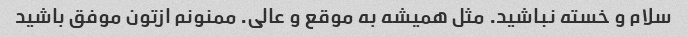
سلام و خسته نباشید. مثل همیشه به موقع و عالی. ممنونم ازتون موفق باشید